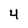
Character: 4